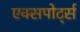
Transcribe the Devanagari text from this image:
एक्सपोर्ट्स